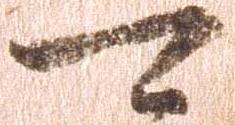
可